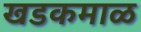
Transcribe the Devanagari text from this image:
खडकमाळ